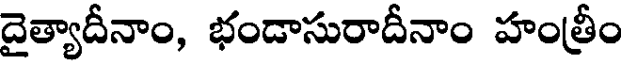
దైత్యాదీనాం, భండాసురాదీనాం హంత్రీం